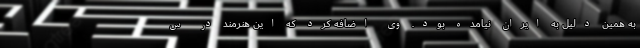
به همین دلیل به ایران نیامده بود. وی اضافه کرد که این هنرمند در س